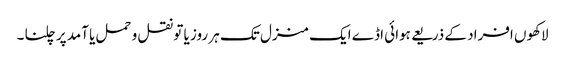
لاکھوں افراد کے ذریعے ہوائی اڈے ایک منزل تک ہر روز یا تو نقل و حمل یا آمد پر چلنا ۔